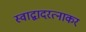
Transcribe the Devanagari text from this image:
स्वाद्वादरत्नाकर